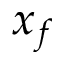
x _ { f }